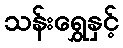
သန်းရွှေနှင့်